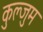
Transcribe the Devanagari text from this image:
कुल्जुम